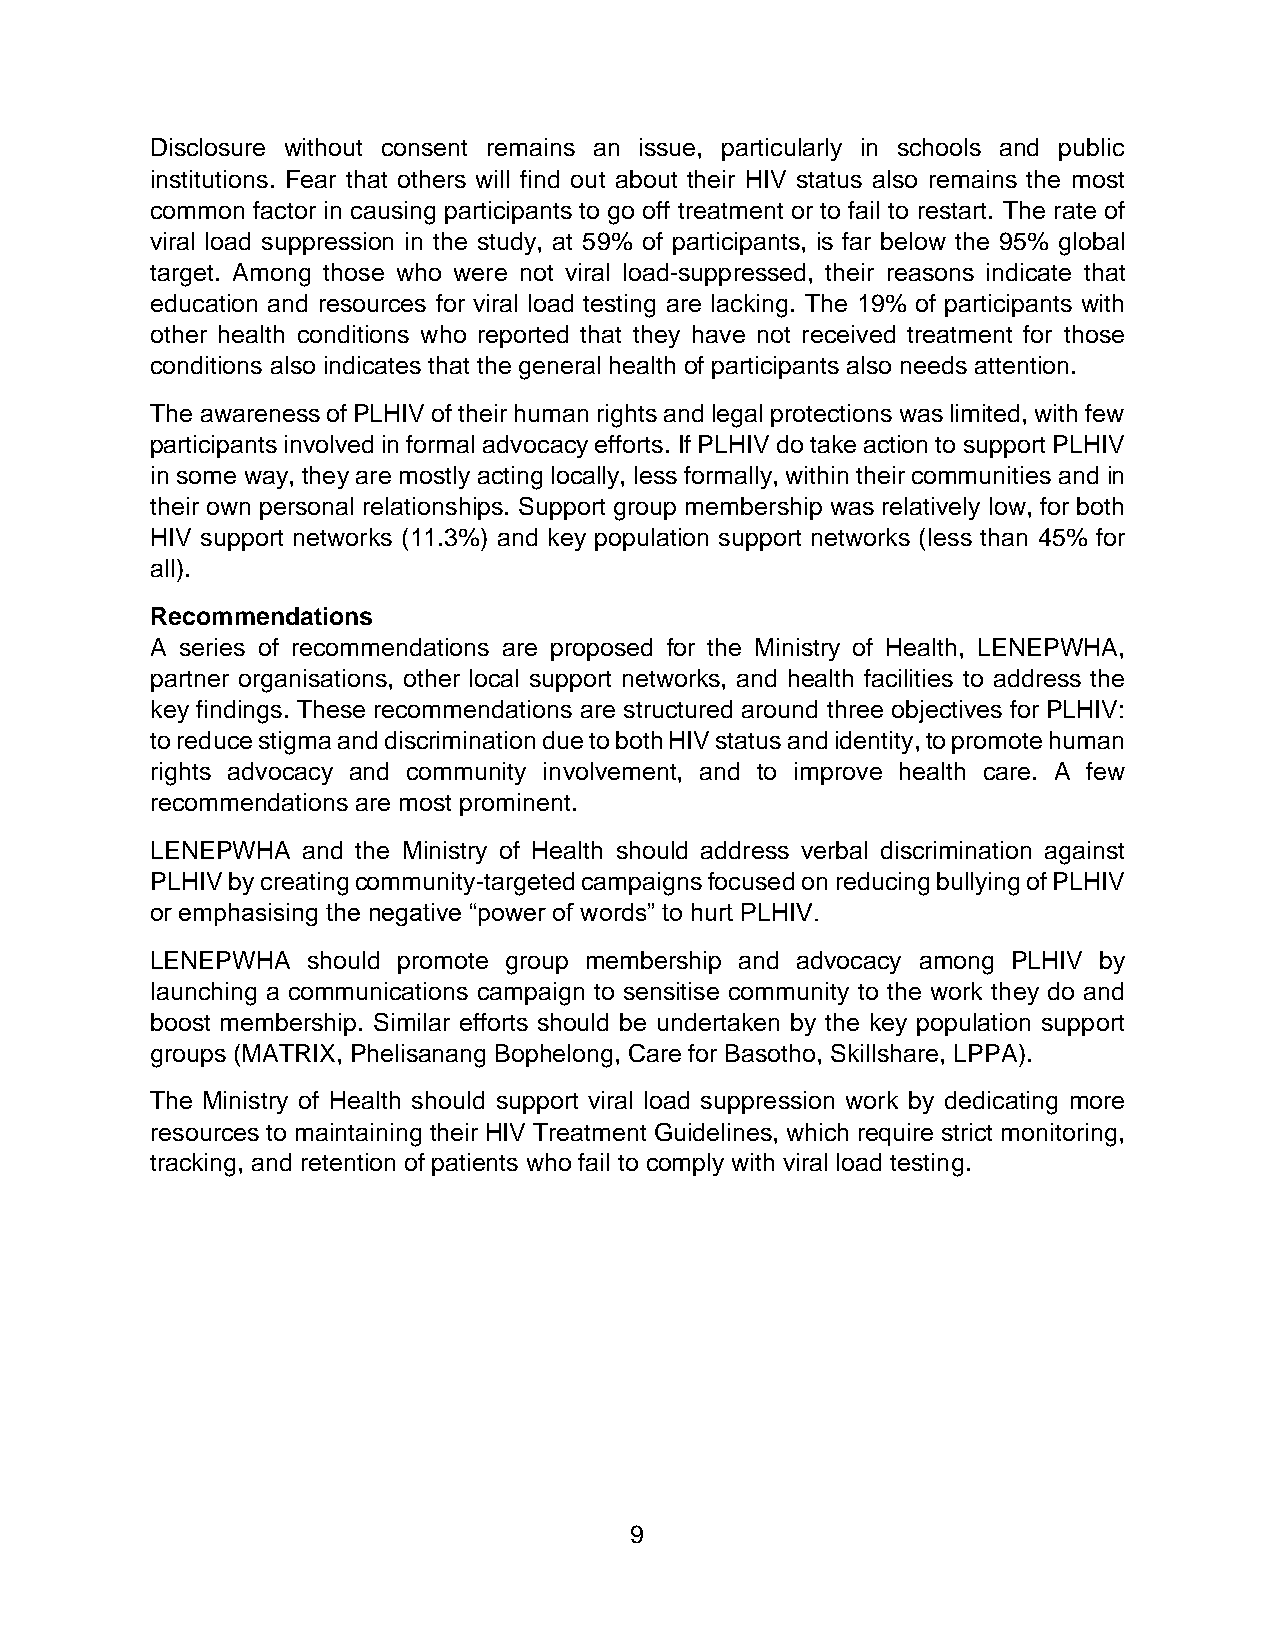
Disclosure without consent remains an issue, particularly in schools and public
 institutions. Fear that others will find out about their HIV status also remains the most
 common factor in causing participants to go off treatment or to fail to restart. The rate of
 viral load suppression in the study, at 59% of participants, is far below the 95% global
 target. Among those who were not viral load-suppressed, their reasons indicate that
 education and resources for viral load testing are lacking. The 19% of participants with
 other health conditions who reported that they have not received treatment for those
 conditions also indicates that the general health of participants also needs attention.
 The awareness of PLHIV of their human rights and legal protections was limited, with few
 participants involved in formal advocacy efforts. If PLHIV do take action to support PLHIV
 in some way, they are mostly acting locally, less formally, within their communities and in
 their own personal relationships. Support group membership was relatively low, for both
 HIV support networks (11.3%) and key population support networks (less than 45% for
 all).
 Recommendations
 A series of recommendations are proposed for the Ministry of Health, LENEPWHA,
 partner organisations, other local support networks, and health facilities to address the
 key findings. These recommendations are structured around three objectives for PLHIV:
 to reduce stigma and discrimination due to both HIV status and identity, to promote human
 rights advocacy and community involvement, and to improve health care. A few
 recommendations are most prominent.
 LENEPWHA  and the Ministry of Health should address verbal discrimination against
 PLHIV by creating community-targeted campaigns focused on reducing bullying of PLHIV
 or emphasising the negative “power of words” to hurt PLHIV.
 LENEPWHA  should promote group membership and advocacy among PLHIV by
 launching a communications campaign to sensitise community to the work they do and
 boost membership. Similar efforts should be undertaken by the key population support
 groups (MATRIX, Phelisanang Bophelong, Care for Basotho, Skillshare, LPPA).
 The Ministry of Health should support viral load suppression work by dedicating more
 resources to maintaining their HIV Treatment Guidelines, which require strict monitoring,
 tracking, and retention of patients who fail to comply with viral load testing.
 9